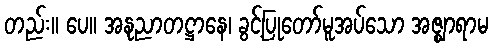
တည်း။ ပေ။ အနုညာတဋ္ဌာနေ၊ ခွင့်ပြုတော်မူအပ်သော အဇ္ဈာရာမ